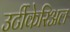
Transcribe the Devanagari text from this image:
उर्टीकेरिअल